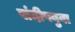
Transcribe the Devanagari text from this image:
संदीपबुवा